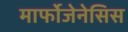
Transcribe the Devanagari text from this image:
मार्फोजेनेसिस